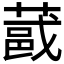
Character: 𫉏